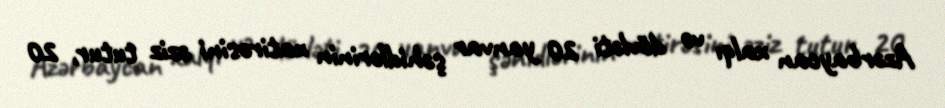
Azərbaycan xalqı və dövləti 20 yanvar şəhidlərinin xatirəsini əziz tutur, 20